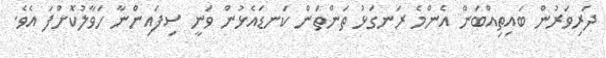
ދަރިވަރުން ބައިތިއްބަން އެންމެ ރަނގަޅު ތަންތަން ކަނޑައެޅުން ވަނީ ސިފައިންނާ ހަވާލުކޮށްފަ އެވެ.